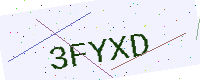
Text: 3FYXD